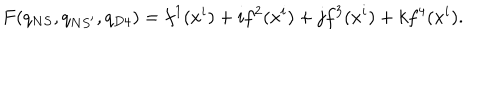
F ( q _ { N S } , q _ { N S ^ { \prime } } , q _ { D 4 } ) = f ^ { 1 } ( x ^ { i } ) + i f ^ { 2 } ( x ^ { i } ) + j f ^ { 3 } ( x ^ { i } ) + k f ^ { 4 } ( x ^ { i } ) .